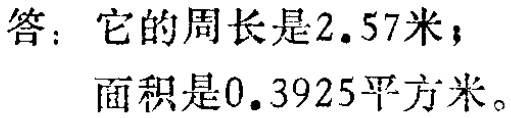
答：它的周长是\(2.57\)米；

面积是\(0.3925\)平方米。